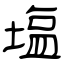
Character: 塩